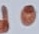
Text: d0